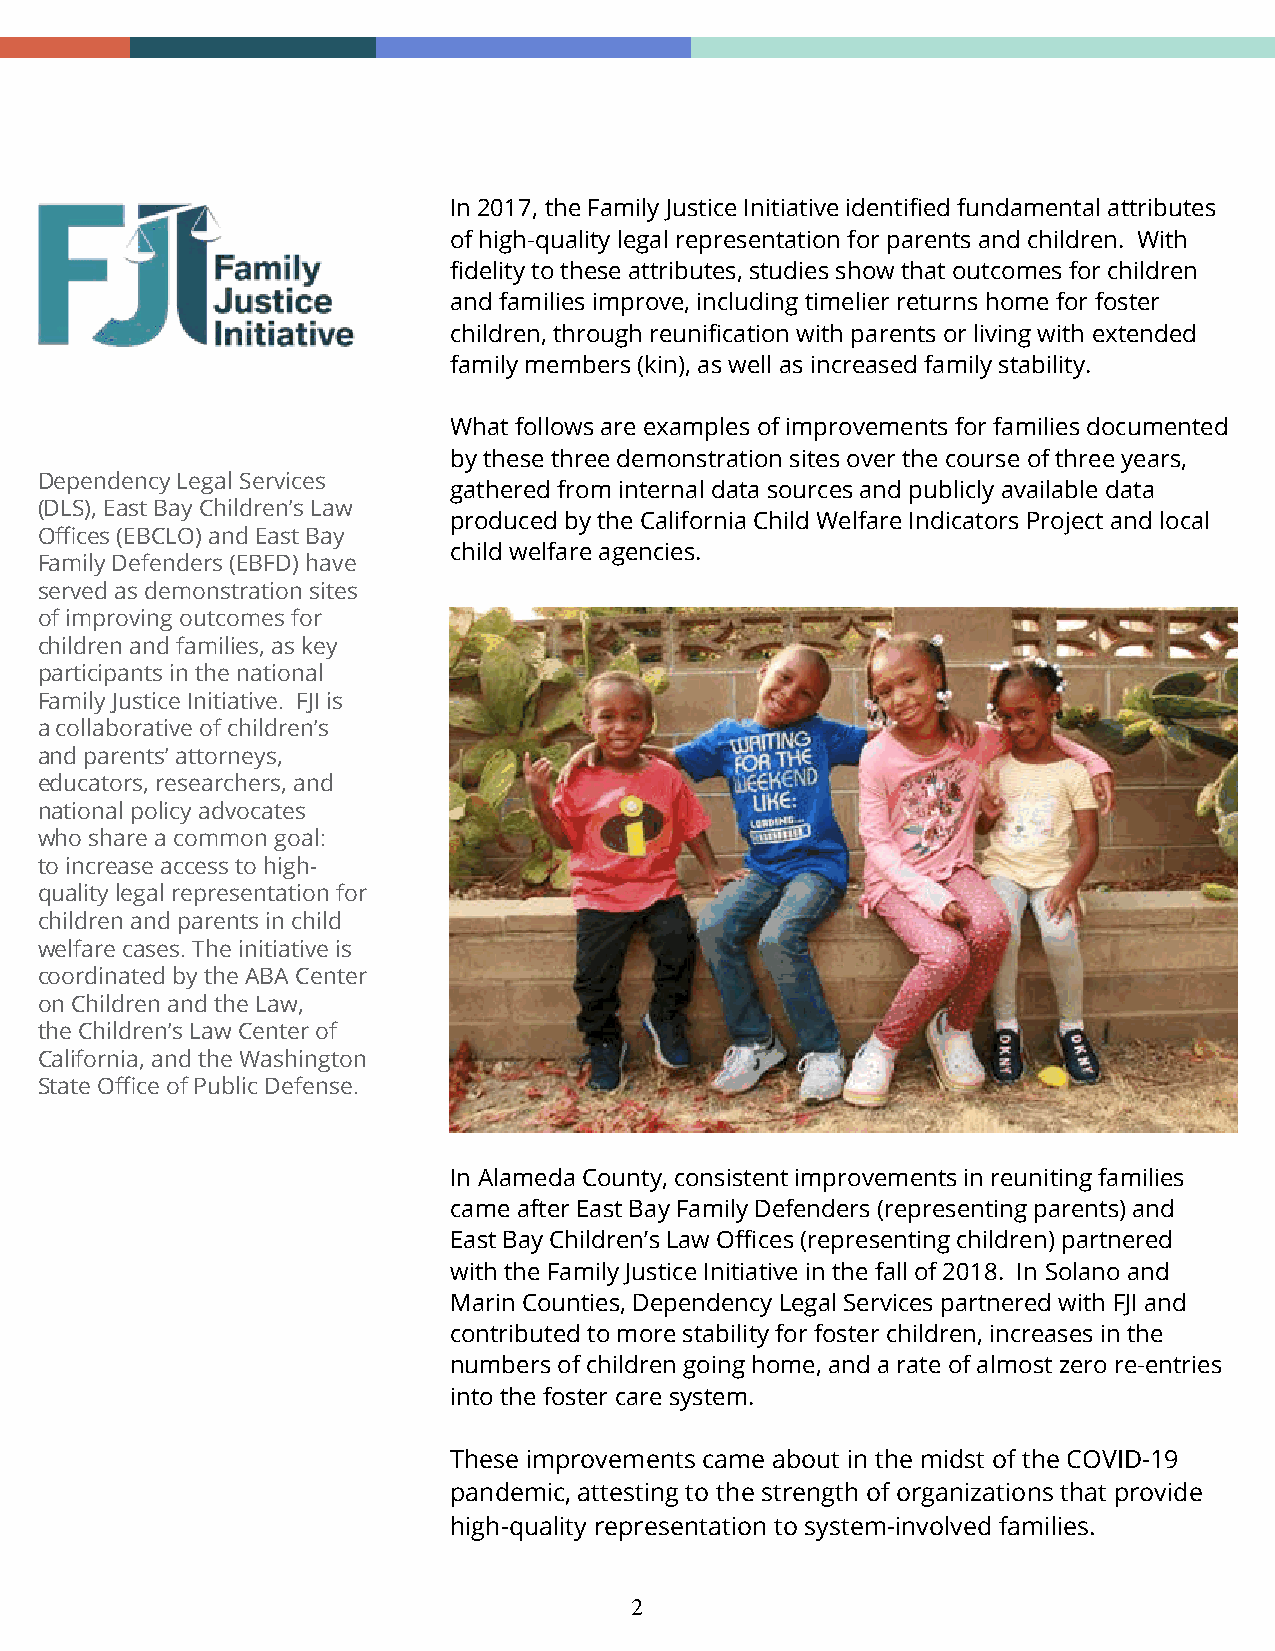
In 2017, the Family Justice Initiative identified fundamental attributes
 of high-quality legal representation for parents and children. With
 fidelity to these attributes, studies show that outcomes for children
 and families improve, including timelier returns home for foster
 children, through reunification with parents or living with extended
 family members (kin), as well as increased family stability.
 What follows are examples of improvements for families documented
 by these three demonstration sites over the course of three years,
 Dependency Legal Services
 gathered from internal data sources and publicly available data
 (DLS), East Bay Children’s Law
 produced by the California Child Welfare Indicators Project and local
 Offices (EBCLO) and East Bay
 child welfare agencies.
 Family Defenders (EBFD) have
 served as demonstration sites
 of improving outcomes for
 children and families, as key
 participants in the national
 Family Justice Initiative. FJI is
 a collaborative of children’s
 and parents’ attorneys,
 educators, researchers, and
 national policy advocates
 who share a common goal:
 to increase access to high-
 quality legal representation for
 children and parents in child
 welfare cases. The initiative is
 coordinated by the ABA Center
 on Children and the Law,
 the Children’s Law Center of
 California, and the Washington
 State Office of Public Defense.
 In Alameda County, consistent improvements in reuniting families
 came after East Bay Family Defenders (representing parents) and
 East Bay Children’s Law Offices (representing children) partnered
 with the Family Justice Initiative in the fall of 2018. In Solano and
 Marin Counties, Dependency Legal Services partnered with FJI and
 contributed to more stability for foster children, increases in the
 numbers of children going home, and a rate of almost zero re-entries
 into the foster care system.
 These improvements came about in the midst of the COVID-19
 pandemic, attesting to the strength of organizations that provide
 high-quality representation to system-involved families.
 2